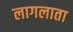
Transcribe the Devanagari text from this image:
लागलाता